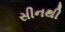
સીનથી